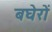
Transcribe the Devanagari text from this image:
बघेरों